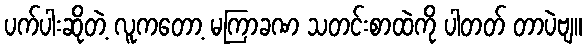
ပက်ပါးဆိုတဲ့ လူကတော့ မကြာခဏ သတင်းစာထဲကို ပါတတ် တာပဲဗျ။